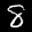
Label: 8